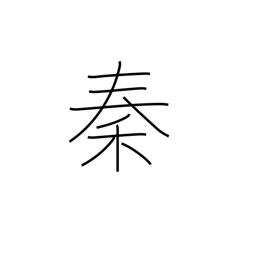
Meaning: name given to naturalized foreigners